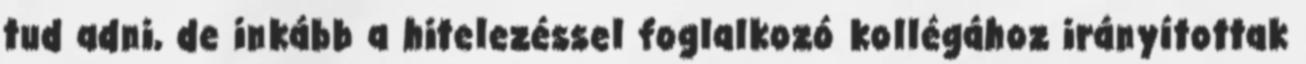
tud adni, de inkább a hitelezéssel foglalkozó kollégához irányítottak